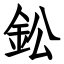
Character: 鈆